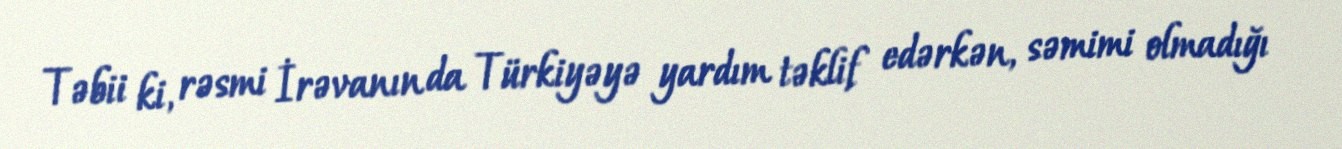
Təbii ki, rəsmi İrəvanın da Türkiyəyə yardım təklif edərkən, səmimi olmadığı